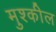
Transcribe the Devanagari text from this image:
मुश्कील